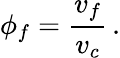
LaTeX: \phi_{f}=\frac{v_{f}}{v_{c}}\, .